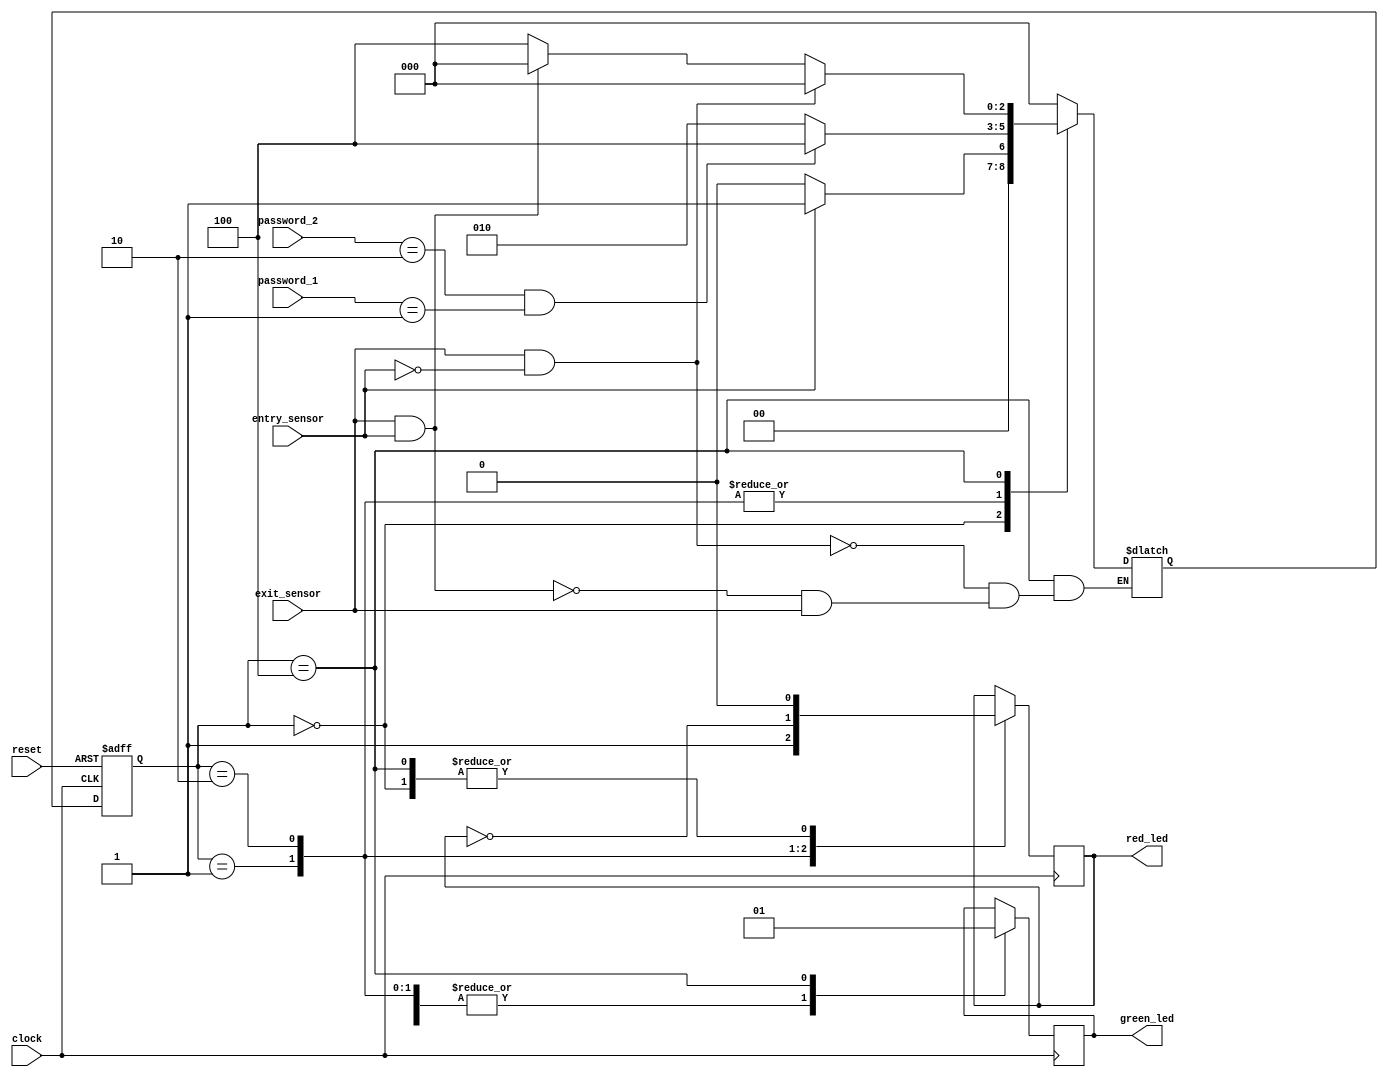
`timescale 1ps / 1ps
//////////////////////////////////////////////////////////////////////////////////
// Company: 
// Engineer: 
// 
// Design Name: 
// Module Name: car_parking
// Project Name: 
// Target Devices: 
// Tool Versions: 
// Description: 
// 
// Dependencies: 
// 
// Revision:
// Revision 0.01 - File Created
// Additional Comments:
// 
//////////////////////////////////////////////////////////////////////////////////

//A verilog project for car parking
module car_parking(
input clock,reset,
input entry_sensor,exit_sensor,     //sensor will chech whether car is entring or want to exit
input[0:1] password_1,password_2,   //password_1, for entry and, password_2,for exit
output reg green_led,red_led);    // green led for entry,red to stop
parameter idle=4'b0000,ent_password=4'b0001,wrong_password=3'b010,ent_car=4'b0100,stop=4'b1000;
reg [0:2]pre_state,next_state;
always @(posedge clock or negedge reset)
    begin
        if(~reset)
            pre_state=idle;
        else
            pre_state=next_state;
    end
always @(*) begin
//code for the state diagram
    case(pre_state)
        idle: begin
                if (entry_sensor==1)
                next_state<=ent_password;
                else
                next_state<=idle;
              end                
        ent_password : begin
                if ((password_2==2'b10)&&(password_1==2'b01))
                next_state<=ent_car;
                else
                next_state<=wrong_password;
              end        
        wrong_password:  begin
                if ((password_1==2'b01)&&(password_2==2'b10))
                next_state<=ent_car;
                else
                next_state<=wrong_password;
              end
        ent_car:  begin
                if ((exit_sensor==1)&&(entry_sensor==0))
                next_state<=idle;
                else if((exit_sensor==1)&&(entry_sensor==1))
                next_state<=stop;
                else if(exit_sensor==0)
                next_state<=ent_car;    
              end
        stop:  begin
                if ((password_2==2'b10)&&(password_1==2'b01))
                next_state<=ent_car;
                else
                next_state<=stop;
              end
        default : begin
                  next_state<=idle;
                  end
         endcase
         end
always @ (posedge clock) begin
//code for the led 
    case(pre_state)
        idle : begin
                green_led=1'b0;
                red_led=1'b0;
               end 
        ent_password:  begin
                green_led=1'b0;
                red_led=1'b1;
               end           
        wrong_password: begin
                green_led=1'b0;
                red_led=~red_led;
               end   
        ent_car: begin
                green_led=1'b1;
                red_led=1'b0;
               end     
        stop: begin
                green_led=~green_led;
                red_led=1'b1;
               end
        endcase
        end                                                                                                                
endmodule